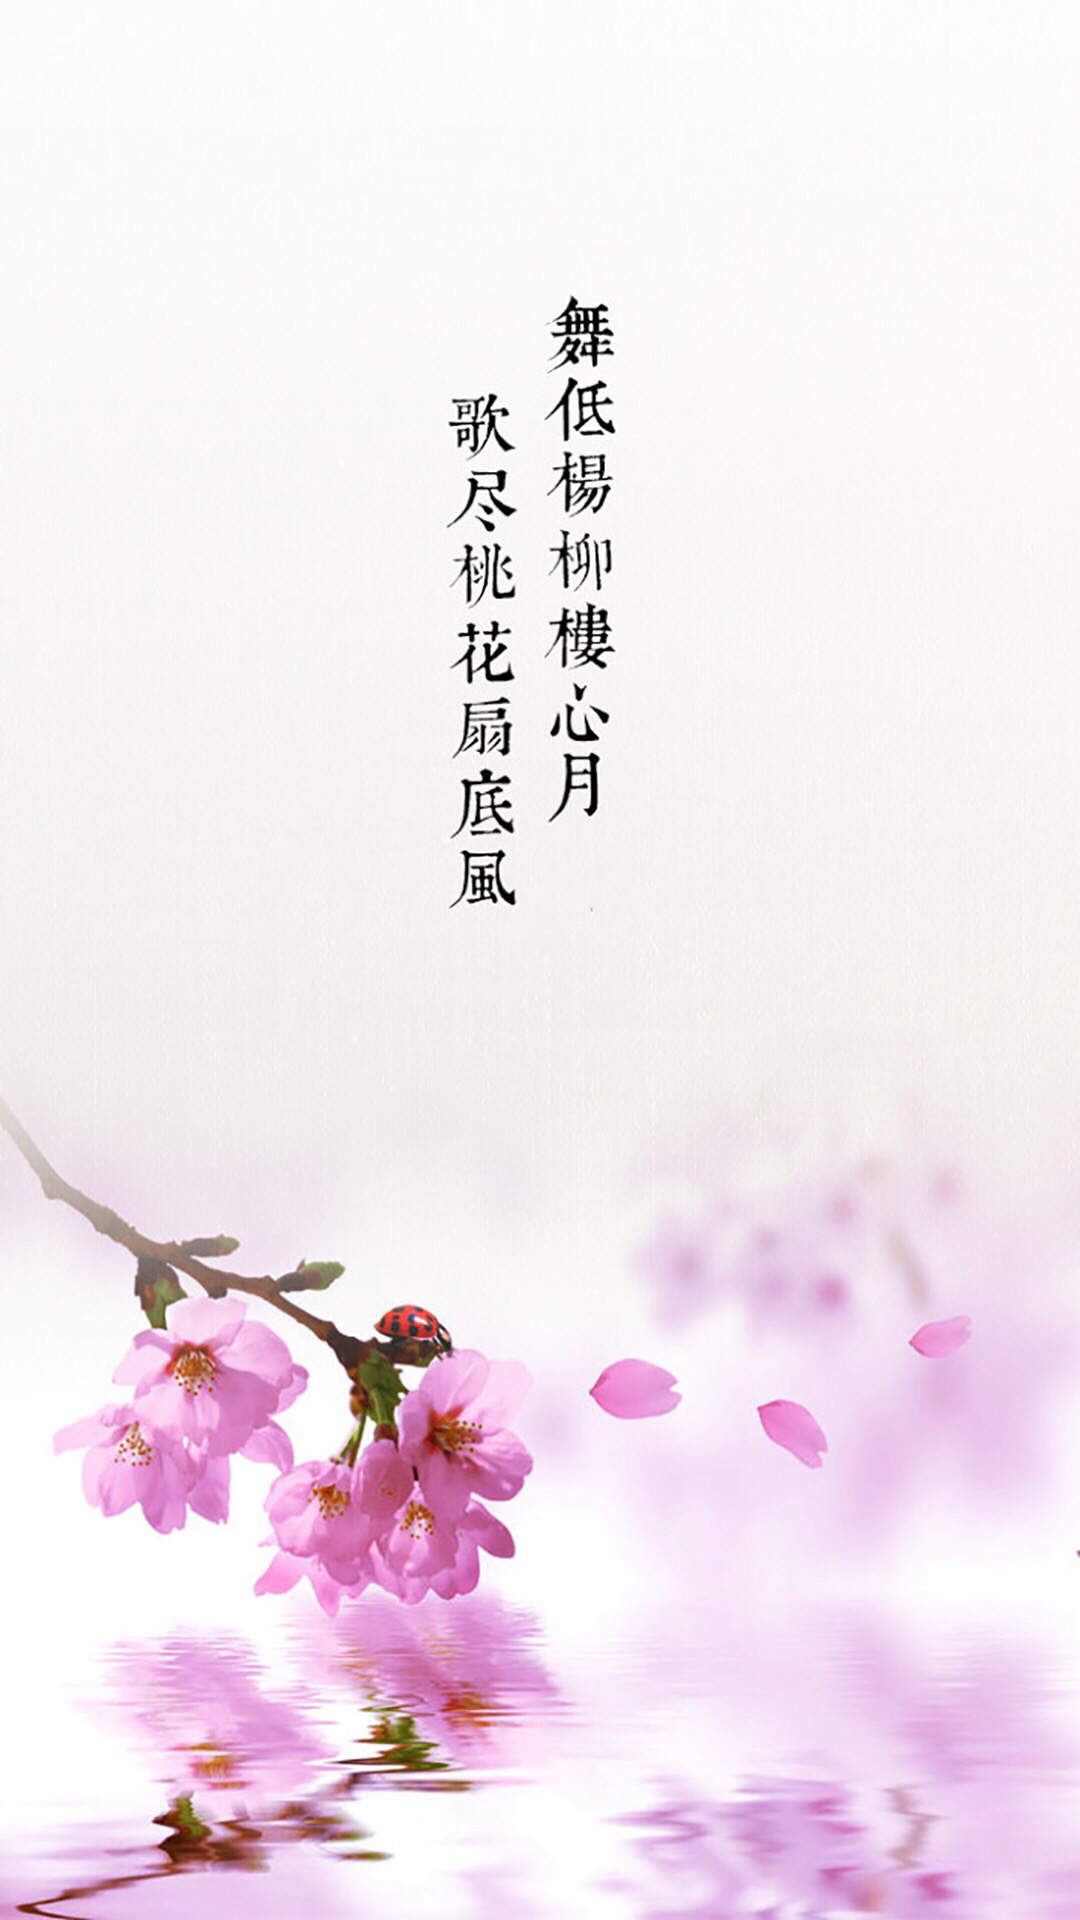
舞低杨柳楼心月，歌尽桃花扇底风。